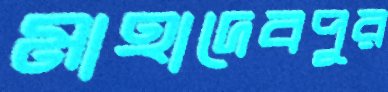
মাহাদেবপুর